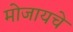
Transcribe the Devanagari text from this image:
मोजायचे